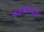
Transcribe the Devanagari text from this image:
फलंदाजासाठी